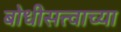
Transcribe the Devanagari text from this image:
बोधीसत्त्वाच्या